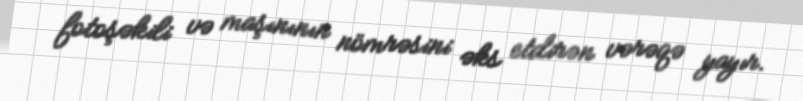
fotoşəkili və maşınının nömrəsini əks etdirən vərəqə yayır.